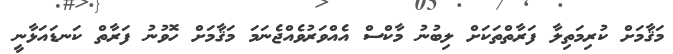
މަޤާމަށް ކުރިމަތިލާ ފަރާތްތަކަށް ލިބުނު މާކްސް އެއްވަރުވެއްޖެނަމަ މަޤާމަށް ހޮވުނު ފަރާތް ކަނޑައަޅާނީ